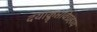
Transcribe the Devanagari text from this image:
दयाक्लृप्तविग्रहाय